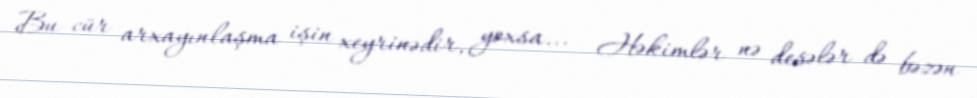
Bu cür arxayınlaşma işin xeyrinədir, yoxsa... - Həkimlər nə desələr də bəzən